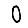
Digit: 0